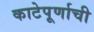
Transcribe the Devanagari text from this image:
काटेपूर्णाची